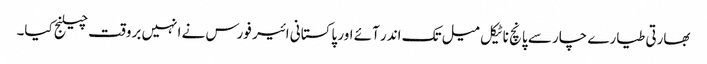
بھارتی طیارے چار سے پانچ ناٹیکل میل تک اندر آئے اور پاکستانی ائیر فورس نے انہیں بروقت چیلنج کیا۔